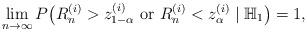
LaTeX: \begin{align*}\lim_{n\rightarrow\infty}P\bigl(R^{(i)}_n>z^{(i)}_{1-\alpha}\mbox{ or } R^{(i)}_n<z^{(i)}_\alpha\mid\mathbb{H}_1\bigr)=1,\end{align*}